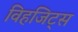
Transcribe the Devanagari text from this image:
विहजिट्स